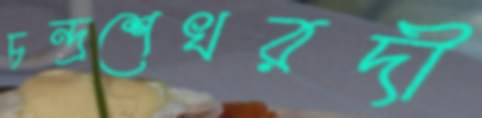
চন্দ্রশেখরদী